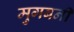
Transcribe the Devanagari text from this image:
मुगबर्नी